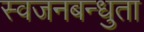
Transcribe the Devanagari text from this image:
स्वजनबन्धुता